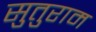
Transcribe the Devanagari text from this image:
सुतुराम